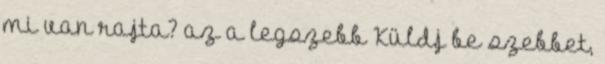
mi van rajta? az a legszebb Küldj be szebbet,